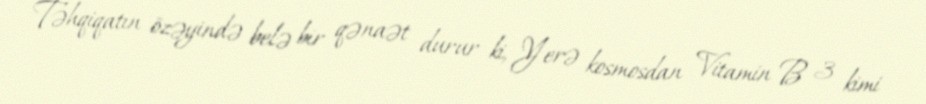
Təhqiqatın özəyində belə bir qənaət durur ki, Yerə kosmosdan Vitamin B 3 kimi